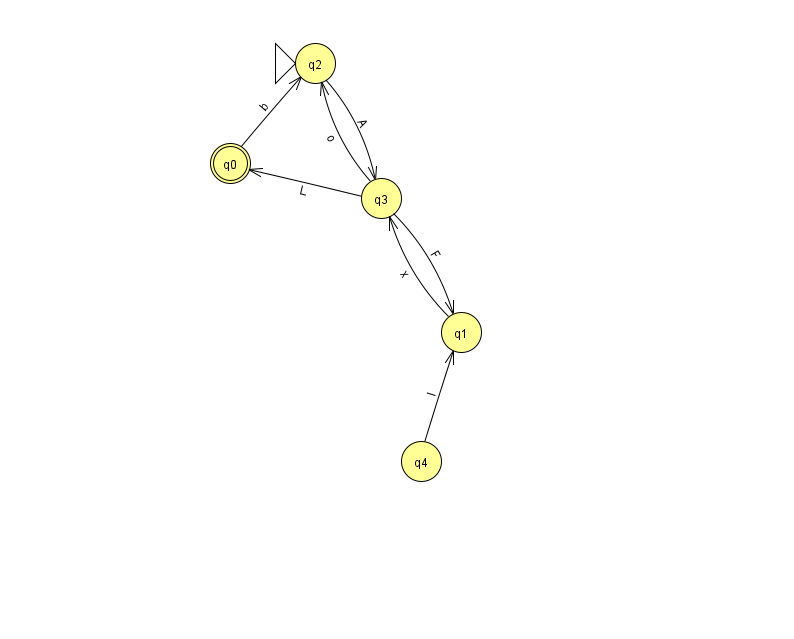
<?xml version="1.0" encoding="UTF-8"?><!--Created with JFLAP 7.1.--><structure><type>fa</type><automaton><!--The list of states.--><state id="0" name="q0"><x>230.0</x><y>150.0</y><final/></state><state id="1" name="q1"><x>461.0</x><y>319.0</y></state><state id="2" name="q2"><x>315.0</x><y>50.0</y><initial/></state><state id="3" name="q3"><x>381.0</x><y>185.0</y></state><state id="4" name="q4"><x>421.0</x><y>448.0</y></state><!--The list of transitions.--><transition><from>3</from><to>2</to><read>o</read></transition><transition><from>4</from><to>1</to><read>I</read></transition><transition><from>0</from><to>2</to><read>b</read></transition><transition><from>1</from><to>3</to><read>x</read></transition><transition><from>3</from><to>0</to><read>L</read></transition><transition><from>3</from><to>1</to><read>F</read></transition><transition><from>2</from><to>3</to><read>A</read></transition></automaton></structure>